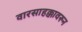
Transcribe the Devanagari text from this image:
वारसाहक्कावरून